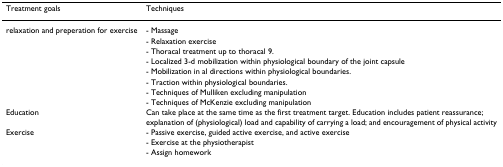
<table><thead><tr><td><b>Treatment goals</b></td><td><b>Techniques</b></td></tr></thead><tbody><tr><td>relaxation and preperation for exercise</td><td>- Massage</td></tr><tr><td></td><td>- Relaxation exercise</td></tr><tr><td></td><td>- Thoracal treatment up to thoracal 9.</td></tr><tr><td></td><td>- Localized 3-d mobilization within physiological boundary of the joint capsule</td></tr><tr><td></td><td>- Mobilization in al directions within physiological boundaries.</td></tr><tr><td></td><td>- Traction within physiological boundaries.</td></tr><tr><td></td><td>- Techniques of Mulliken excluding manipulation</td></tr><tr><td></td><td>- Techniques of McKenzie excluding manipulation</td></tr><tr><td>Education</td><td>Can take place at the same time as the first treatment target. Education includes patient reassurance; explanation of (physiological) load and capability of carrying a load; and encouragement of physical activity</td></tr><tr><td>Exercise</td><td>- Passive exercise, guided active exercise, and active exercise</td></tr><tr><td></td><td>- Exercise at the physiotherapist</td></tr><tr><td></td><td>- Assign homework</td></tr></tbody></table>